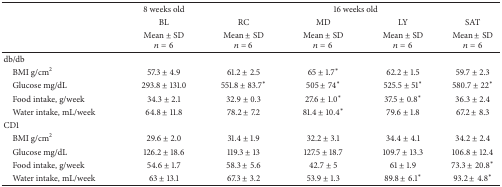
|  | 8 weeks old | <COLSPAN=4> 16 weeks old |
 |  | BL | RC | MD | LY | SAT |
 |  | Mean ± SDn = 6 | Mean ± SDn = 6 | Mean ± SDn = 6 | Mean ± SDn = 6 | Mean ± SDn = 6 |
 | --- | --- | --- | --- | --- | --- |
 | db/db |  |  |  |  |  |
 | BMI g/cm2 | 57.3 ± 4.9 | 61.2 ± 2.5 | 65 ± 1.7∗ | 62.2 ± 1.5 | 59.7 ± 2.3 |
 | Glucose mg/dL | 293.8 ± 131.0 | 551.8 ± 83.7∗ | 505 ± 74∗ | 525.5 ± 51∗ | 580.7 ± 22∗ |
 | Food intake, g/week | 34.3 ± 2.1 | 32.9 ± 0.3 | 27.6 ± 1.0∗ | 37.5 ± 0.8∗ | 36.3 ± 2.4 |
 | Water intake, mL/week | 64.8 ± 11.8 | 78.2 ± 7.2 | 81.4 ± 10.4∗ | 79.6 ± 1.8 | 67.2 ± 8.3 |
 | CD1 |  |  |  |  |  |
 | BMI g/cm2 | 29.6 ± 2.0 | 31.4 ± 1.9 | 32.2 ± 3.1 | 34.4 ± 4.1 | 34.2 ± 2.4 |
 | Glucose mg/dL | 126.2 ± 18.6 | 119.3 ± 13 | 127.5 ± 18.7 | 109.7 ± 13.3 | 106.8 ± 12.4 |
 | Food intake, g/week | 54.6 ± 1.7 | 58.3 ± 5.6 | 42.7 ± 5 | 61 ± 1.9 | 73.3 ± 20.8∗ |
 | Water intake, mL/week | 63 ± 13.1 | 67.3 ± 3.2 | 53.9 ± 1.3 | 89.8 ± 6.1∗ | 93.2 ± 4.8∗ |